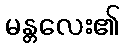
မန္တလေး၏